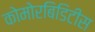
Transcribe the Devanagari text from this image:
कोमोरबिडिटीस